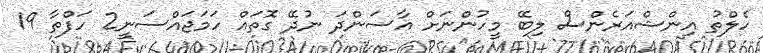
ހެލްތު އިންޝްއަރެންސް ލިބޭ މީހުންނަށް އާސަންދަ ނުދޭ ގޮތައް ހަމަޖައްސަނީ2 ހަފްތާ 19